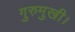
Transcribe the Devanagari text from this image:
गुरुमुखी।